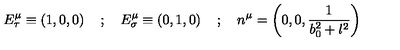
E _ { \tau } ^ { \mu } \equiv \left( 1 , 0 , 0 \right) \quad ; \quad E _ { \sigma } ^ { \mu } \equiv \left( 0 , 1 , 0 \right) \quad ; \quad n ^ { \mu } = \left( 0 , 0 , \frac { 1 } { b _ { 0 } ^ { 2 } + l ^ { 2 } } \right)